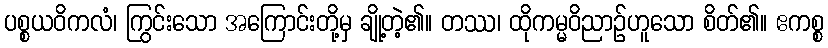
ပစ္စယဝိကလံ၊ ကြွင်းသော အကြောင်းတို့မှ ချို့တဲ့၏။ တဿ၊ ထိုကမ္မဝိညာဉ်ဟူသော စိတ်၏။ ဧကစ္စ